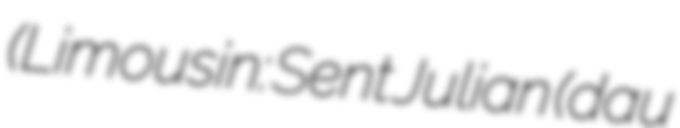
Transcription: (Limousin: Sent Julian (dau